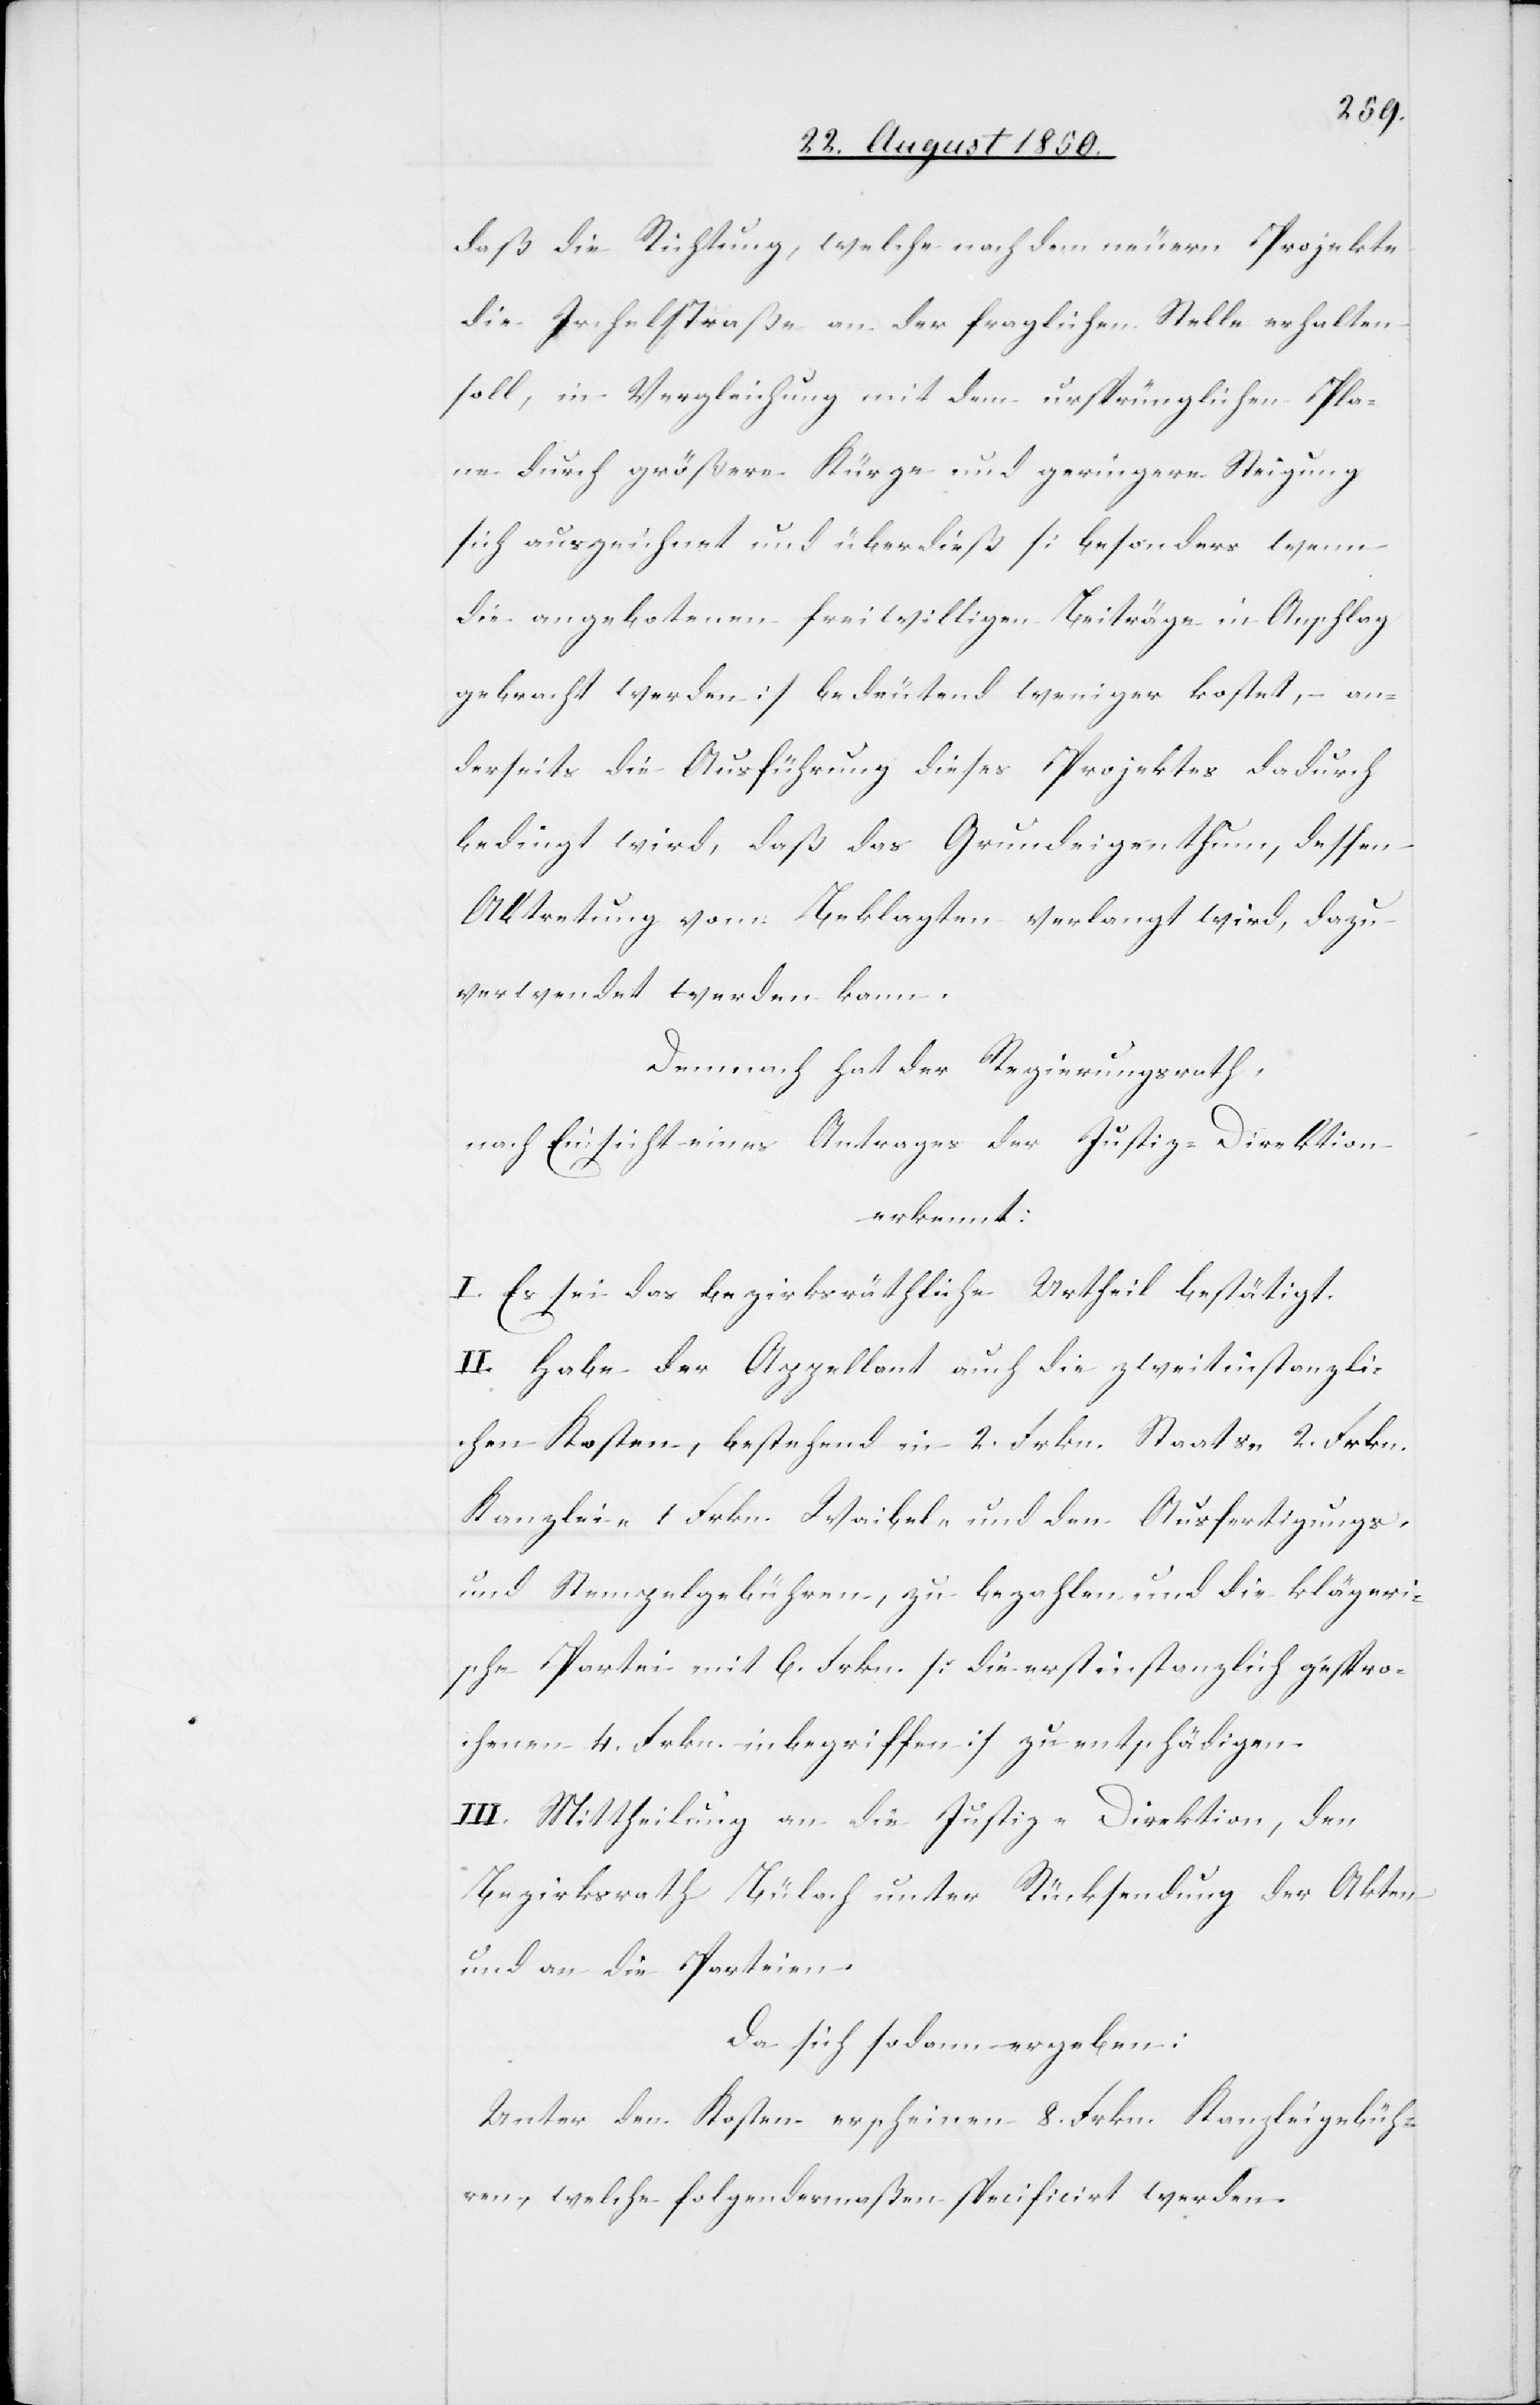
daß die Richtung, welche nach dem neuern Projekte
die Irchelstraße an der fraglichen Stelle erhalten
soll, in Vergleichung mit dem ursprünglichen Pla¬
ne durch größere Kürze und geringere Steigung
sich auszeichnet und überdieß [besonders wenn
die angebotenen freiwilligen Beiträge in Anschlag
gebracht werden] bedeutend weniger kostet, – an¬
derseits die Ausführung dieses Projektes dadurch
bedingt wird, daß das Grundeigenthum, dessen
Abtretung vom Beklagten verlangt wird, dazu
verwendet werden kann.
Demnach hat der Regierungsrath,
nach Einsicht eines Antrages der Justiz-Direktion
erkennt:
I. Es sei das bezirksräthliche Urtheil bestätigt.
II. Habe der Appellant auch die zweitinstanzli¬
chen Kosten, bestehend in 2. Frkn. Staats-[,] 2. Frkn.
Kanzlei-[,] 1. Frkn. Waibel- und die Ausfertigungs-
und Stempelgebühren, zu bezahlen und die klägeri¬
sche Partei mit 6. Frkn. [die erstinstanzlich gespro¬
chenen 4. Frkn. inbegriffen] zu entschädigen.
III. Mittheilung an die Justiz-Direktion, den
Bezirksrath Bülach unter Rücksendung der Akten
und an die Parteien.
Da sich sodann ergeben:
Unter den Kosten erscheinen 8. Frkn. Kanzleigebüh¬
ren, welche folgendermaßen specificirt werden.